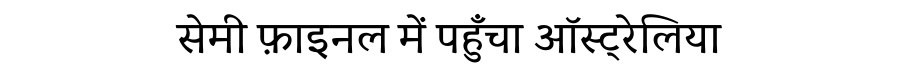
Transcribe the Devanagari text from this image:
सेमी फ़ाइनल में पहुँचा ऑस्ट्रेलिया